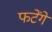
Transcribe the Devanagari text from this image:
फटेंगे